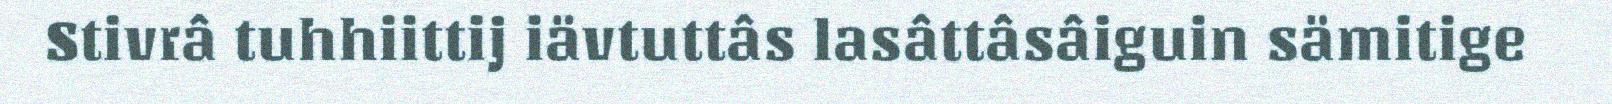
Stivrâ tuhhiittij iävtuttâs lasâttâsâiguin sämitige